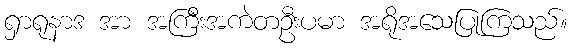
ရှာရုနာဒ အာ အကြီးအကဲတဦးပမာ အရိုအသေပြုကြသည်။